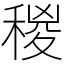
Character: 稯